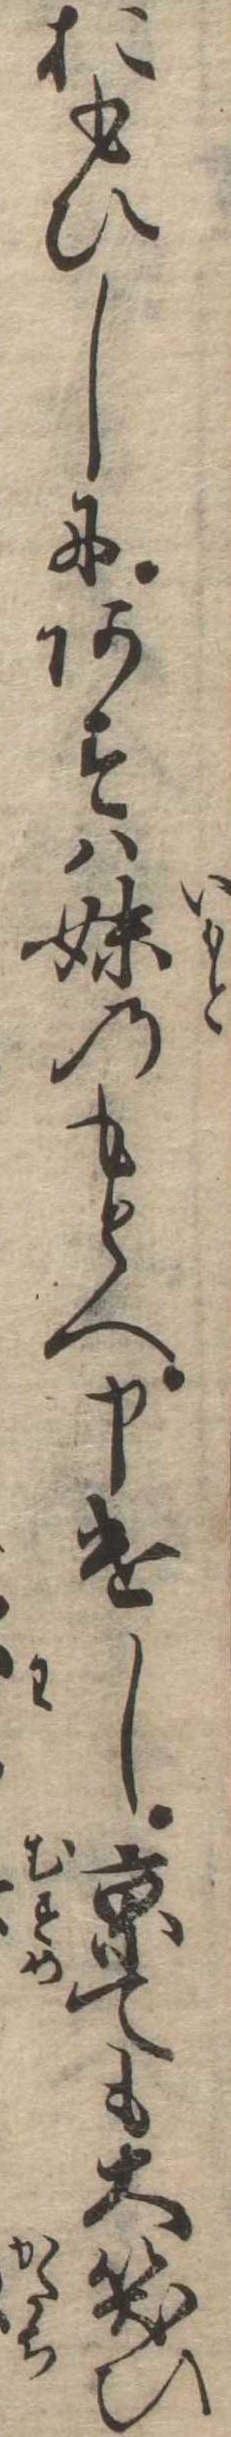
おもひしにあすは妹のものへ申遣し京ても大笑ひ